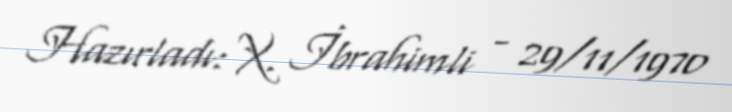
Hazırladı: X. İbrahimli - 29/11/1970